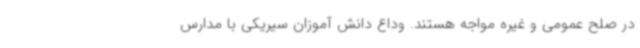
در صلح عمومی و غیره مواجه هستند. وداع دانش آموزان سیریکی با مدارس